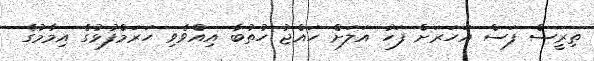
ތިރީސް ފަސް އަހަރަށް ފަހު އަލަށް ހައްޖު ހުތުބާ އިއްވެވި ހަރަމްފުޅުގެ އިމާމުގެ